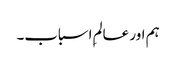
ہم اور عالمِ اسباب۔